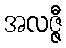
အလဇ္ဇီ